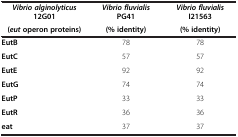
| Vibrio alginolyticus 12G01 | Vibrio fluvialis PG41 | Vibrio fluvialis I21563 |
 | (eut operon proteins) | (% identity) | (% identity) |
 | --- | --- | --- |
 | EutB | 78 | 78 |
 | EutC | 57 | 57 |
 | EutE | 92 | 92 |
 | EutG | 74 | 74 |
 | EutP | 33 | 33 |
 | EutR | 36 | 36 |
 | eat | 37 | 37 |